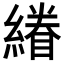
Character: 𮈿